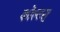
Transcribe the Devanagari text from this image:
कोल्टस्